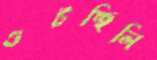
গুটচ্ছিলি